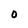
Character: 0